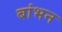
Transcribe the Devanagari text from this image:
बांभन